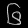
Digit: ၆